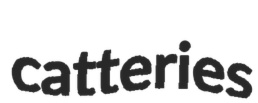
catteries